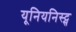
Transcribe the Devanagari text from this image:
यूनियनिस्ट्स